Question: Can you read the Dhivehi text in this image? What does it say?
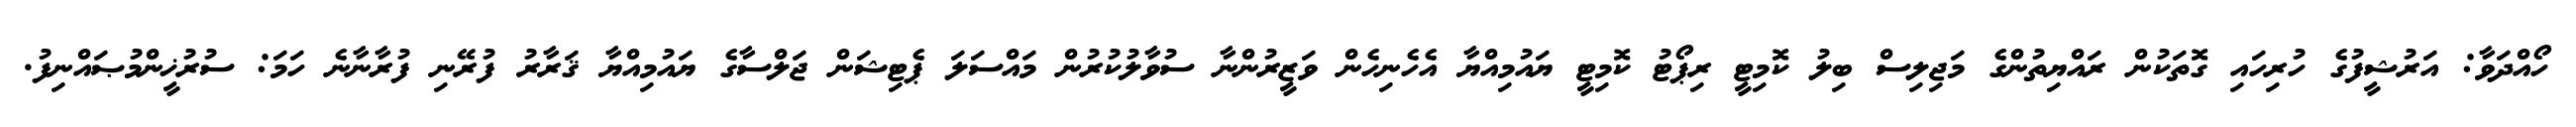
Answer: ހޯއްދަވާ: އަރުޝީފުގެ ހުރިހައި ގޮތަކުން ރައްޔިތުންގެ މަޖިލިސް ބިލު ކޮމިޓީ ރިޕޯޓު ކޮމިޓީ ޔައުމިއްޔާ އެހެނިހެން ވަޒީރުންނާ ސުވާލުކުރުން މައްސަލަ ޕެޓިޝަން ޖަލްސާގެ ޔައުމިއްޔާ ޤަރާރު ފުރޭނި ފުރާނާނެ ހަމަ: ސުރުޚީންމުޞައްނިފު.